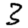
Digit: 3